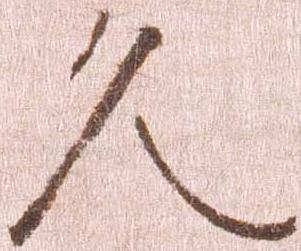
久